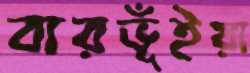
বারভূঁইয়া